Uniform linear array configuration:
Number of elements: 8
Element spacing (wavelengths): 0.5
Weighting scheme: blackman
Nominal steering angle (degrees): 45
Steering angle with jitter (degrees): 44.012
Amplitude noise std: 0.05
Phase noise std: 0.05

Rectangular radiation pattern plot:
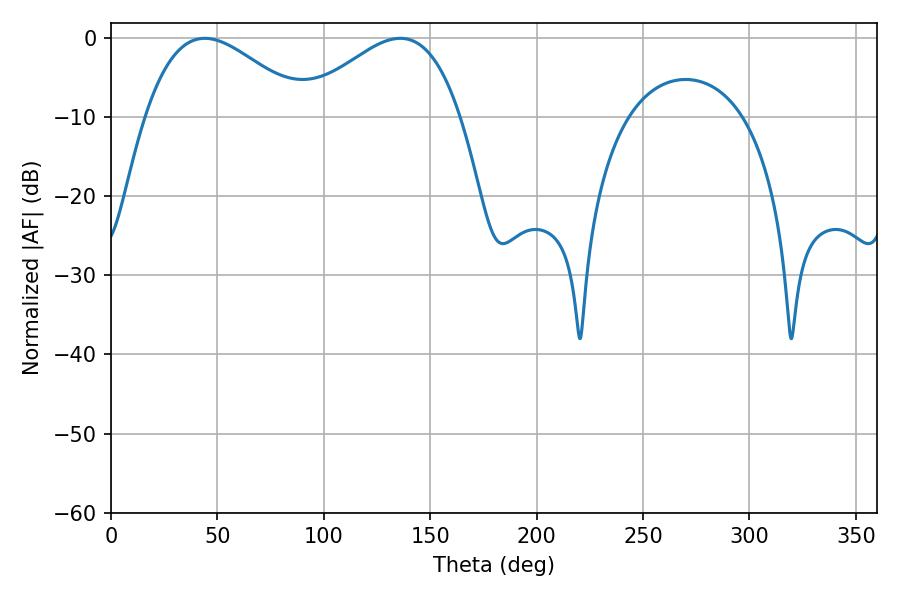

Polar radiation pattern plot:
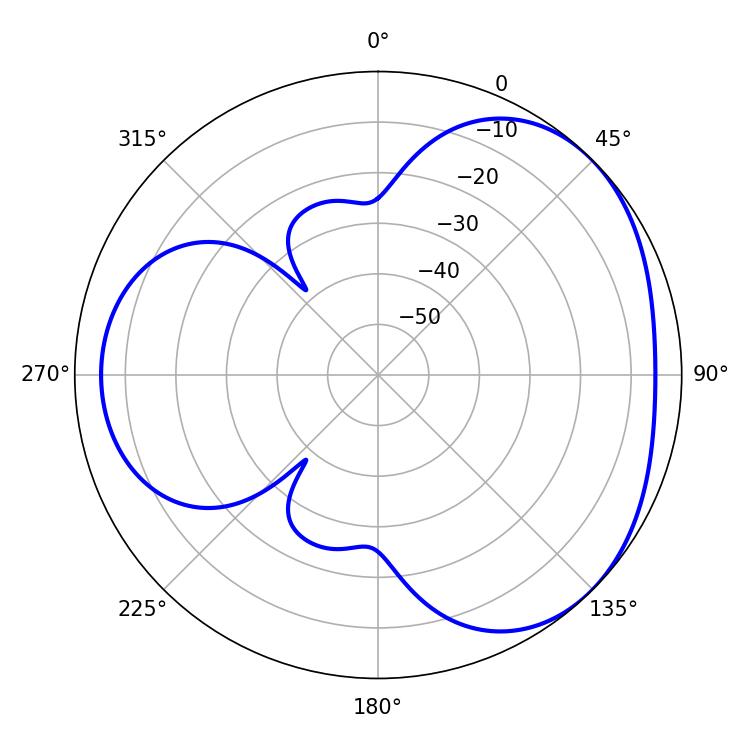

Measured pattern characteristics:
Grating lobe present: FALSE
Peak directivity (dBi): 3.411
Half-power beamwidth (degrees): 40.68
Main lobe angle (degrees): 44.1